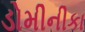
ડોમીનીકા